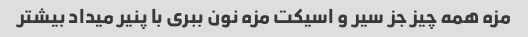
مزه همه چیز جز سیر و اسیکت مزه نون ببری با پنیر میداد بیشتر